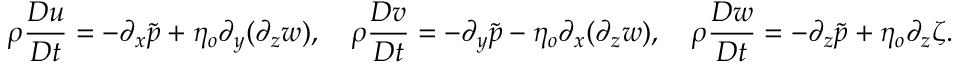
\rho \frac { D u } { D t } = - \partial _ { x } \tilde { p } + \eta _ { o } \partial _ { y } ( \partial _ { z } w ) , \quad \rho \frac { D v } { D t } = - \partial _ { y } \tilde { p } - \eta _ { o } \partial _ { x } ( \partial _ { z } w ) , \quad \rho \frac { D w } { D t } = - \partial _ { z } \tilde { p } + \eta _ { o } \partial _ { z } \zeta .